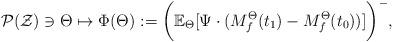
LaTeX: \begin{align*}\mathcal{P}(\mathcal{Z}) \ni \Theta \mapsto \Phi(\Theta) := \bigg(\mathbb{E}_{\Theta}[\Psi \cdot (M^\Theta_f(t_1 )-M^\Theta_f(t_0 ))]\bigg)^{-},\end{align*}